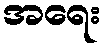
အရေး